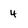
Character: 4